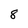
Character: 8